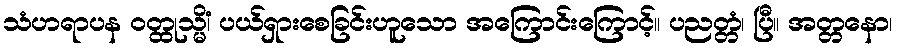
သံဟရာပန ဝတ္ထုသ္မိံ၊ ပယ်ရှားစေခြင်းဟူသော အကြောင်းကြောင့်။ ပညတ္တံ၊ ပြီ။ အတ္တနော၊